Bombay plague: being a history of the progress of plague in the Bombay presidency from September 1896 to June 1899
Year: 1896
Disease focus: Plague
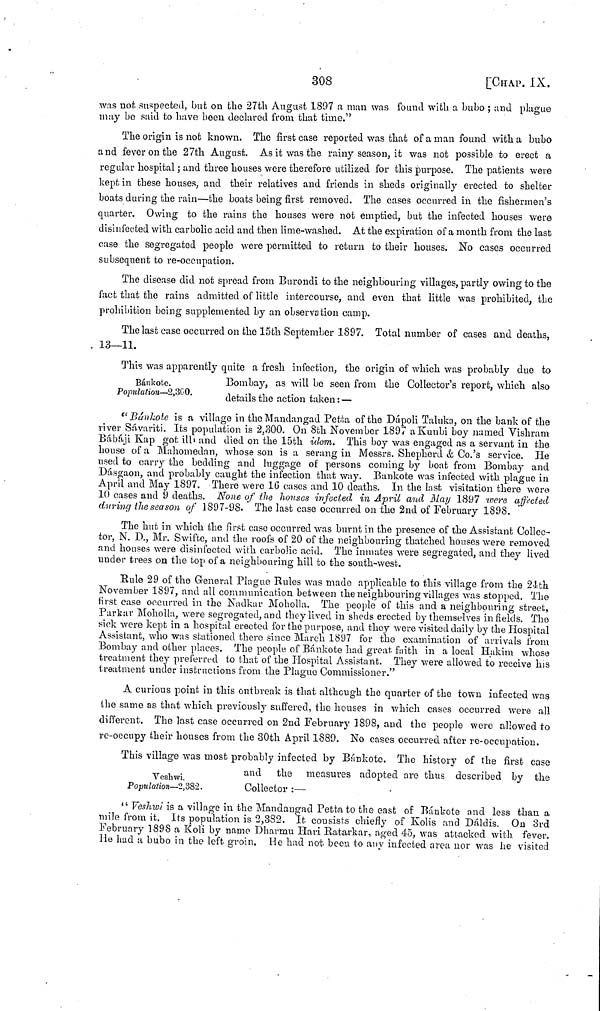
308
[CHAP. IX.
was not suspected, but on the 27th August 1897 a man was found with a bubo ; and plague
may bo said to have been declared from that time."
The origin is not known. The first case reported was that of a man found with a bubo
and fever on the 27th August. As it was the rainy season, it was not possible to erect a
regular hospital ; and three houses were therefore utilized for this purpose. The patients were
kept in these houses, and their relatives and friends in sheds originally erected to shelter
boats during the rain—the boats being first removed. The cases occurred in the fishermen's
quarter. Owing to the rains the houses were not emptied, but the infected houses were
disinfected with carbolic acid and then lime-washed. At the expiration of a month from the last
case the segregated people were permitted to return to their houses. No cases occurred
subsequent to re-occupation.
The disease did not spread from Burondi to the neighbouring villages, partly owing to the
fact that the rains admitted of little intercourse, and even that little was prohibited, the
prohibition being supplemented by an observation camp.
The last case occurred on the 15th September 1897. Total number of cases and deaths,
. 13—11.
Bánkole.
Population—2,300.
This was apparently quite a fresh infection, the origin of which was probably due to
Bombay, as will be seen from the Collector's report, which also
details the action taken: —
"Bánkote is a village in the Mandangad Petta of the Dápoli Tatuko, on the bank of the
river Sávariti. Its population is 2,300. On 8th November 1897 a Kunbi boy named Vishram
Bábáji Kap got ill and died on the 15th idem. This boy was engaged as a servant in the
house of a Mahomedan, whose son is a serang in Messrs. Shepherd & Co.'s service. He
used to carry the bedding and luggage of persons coming by boat from Bombay and
Dásgaon, and probably caught the infection that way. Bankote was infected with plague in
April and May 1897. There were 1G cases and 10 deaths. In the last visitation there were
10 cases and 9 deaths. None of the houses infected in April and May 1897 were affected
during the season of 1S97-98. The last case occurred on the 2nd of February 1898.
The hut in which the first case occurred was burnt in the presence of the Assistant Collec-
tor, N. P., Mr. Swifte, and the roofs of 20 of the neighbouring thatched houses were removed
and houses were disinfected with carbolic acid. The inmates were segregated, and they lived
under trees on the top of a neighbouring hill to the south-west.
Rule 29 of the General Plague Rules was made applicable to this village from the 24th
November 1897, and all communication between the neighbouring villages was stopped. The
first case occurred in the Nadkar Moholla. The people of this and a neighbouring street,
Parkar Moholla, were segregated, and they lived in sheds erected by themselves infields. The
sick were kept in a hospital erected for the purpose, and they were visited daily by the Hospital
Assistant, who was stationed there since March 1897 for the examination of arrivals from
Bombay and other places. The people of Bánkote had great faith in a local Hakim whose
treatment they preferred to that of the Hospital Assistant. They were allowed to receive his
treatment under instructions from the Plague Commissioner."
A curious point in this outbreak is that although the quarter of the town infected was
the same as that which previously suffered, the houses in which cases occurred were all
different. The last case occurred on 2nd February 1898, and the people were allowed to
re-occupy their houses from the 30th April 1889. No cases occurred after re-occnpation.
Yeshwi.
Population—2,382.
This village was most probably infected by Bánkote. The history of the first case
and the measures adopted are thus described by the
Collector :—
"Veshwi is a village in the Mandangad Petta to the east of Bánkote and less than a
mile from it. Its population is 2,382. It consists chiefly of Kolis and Dáldis. On 3rd
February 1898 a Koli by name Dharmu Hari Ratarkar, aged 45, was attacked with fever.
He had a bubo in the left groin. He had not been to any infected area nor was he visited